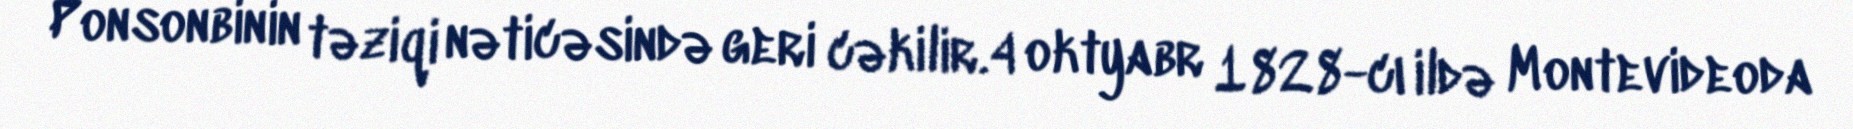
Ponsonbinin təziqi nəticəsində geri cəkilir.4 oktyabr 1828-cı ildə Montevideoda